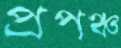
প্রপঞ্চ